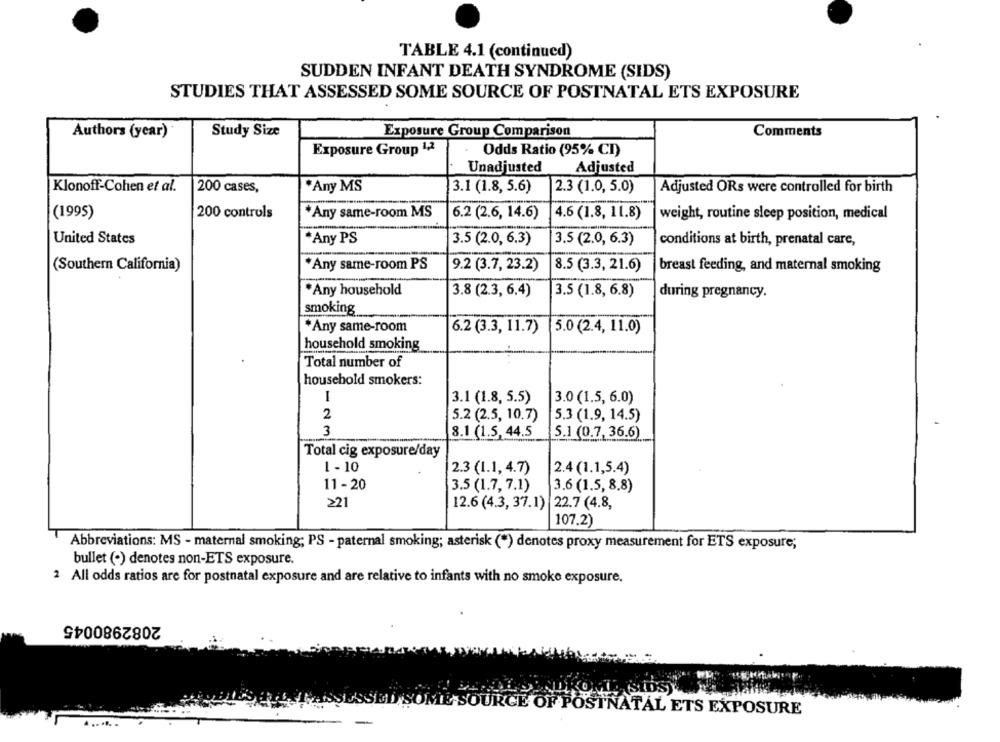
TABLE 4.1 (continued)
SUDDEN INFANT DEATH SYNDROME (SIDS)
STUDIES THAT ASSESSED SOME SOURCE OF POSTNATAL ETS EXPOSURE
Authors (year)
Study Size
Exposure Group Comparison
Comments
Exposure Group 1,2
Odds Ratio (95% CI)
Unadjusted
Adjusted
Klonoff-Cohen et al.
200 cases,
*Any MS
3.1 (1.8, 5.6)
2.3 (1.0, 5.0)
Adjusted ORs were controlled for birth
(1995)
200 controls
*Any same-room MS
6.2 (2.6, 14.6)
4.6 (1.8, 11.8)
weight, routine sleep position, medical
United States
*Any PS
3.5 (2.0, 6.3)
3.5 (2.0, 6.3)
conditions at birth, prenatal care,
(Southern California)
*Any same-room PS
9.2 (3.7, 23.2)
8.5 (3.3, 21.6)
breast feeding, and maternal smoking
*Any household
3.8 (2.3, 6.4)
3.5 (1.8, 6.8)
during pregnancy.
smoking
*Any same-room
6.2 (3.3, 11.7)
5.0 (2.4, 11.0)
household smoking
Total number of
household smokers:
I
3.1 (1.8, 5.5)
3.0 (1.5, 6.0)
2
5.2 (2.5, 10.7)
5.3 (1.9, 14.5)
3
8.1 (1.5, 44.5
5.1 (0.7, 36.6)
Total cig exposure/day
1- 10
2.3 (1.1, 4.7)
2.4(1.1,5.4)
11 - 20
3.5 (1.7, 7.1)
3.6 (1.5, 8,8)
221
12.6 (4.3, 37.1) 22.7 (4.8,
107.2)
Abbreviations: MS - maternal smoking; PS - paternal smoking; asterisk (*) denotes proxy measurement for ETS exposure;
bullet (·) denotes non-ETS exposure.
2 All odds ratios are for postnatal exposure and are relative to infants with no smoke exposure.
2082980045
OKOMLE (SiDS)
SED SOME SOURCE OF POSTNATAL ETS EXPOSURE